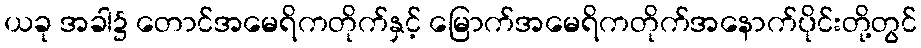
ယခု အခါ၌ တောင်အမေရိကတိုက်နှင့် မြောက်အမေရိကတိုက်အနောက်ပိုင်းတို့တွင်